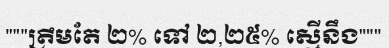
"""ត្រឹមតែ ២% ទៅ ២,២៥% ស្មើនឹង"""